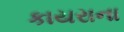
કાયરાના